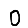
Digit: 0